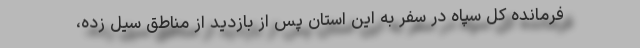
فرمانده کل سپاه در سفر به این استان پس از بازدید از مناطق سیل زده،